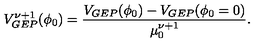
V _ { G E P } ^ { \nu + 1 } ( \phi _ { 0 } ) = { \frac { V _ { G E P } ( \phi _ { 0 } ) - V _ { G E P } ( \phi _ { 0 } = 0 ) } { \mu _ { 0 } ^ { \nu + 1 } } } .